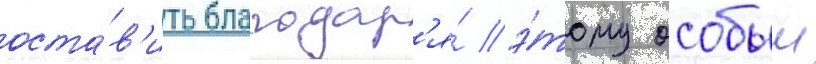
оста́в'ить благодар'я́ э́тому особыи